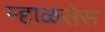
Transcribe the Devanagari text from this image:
म्हाळसेस